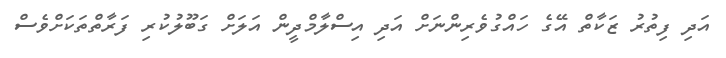
އަދި ފިތުރު ޒަކާތް އޭގެ ހައްގުވެރިންނަށް އަދި އިސްލާމްދީން އަލަށް ގަބޫލުކުރި ފަރާތްތަކަށްވެސް